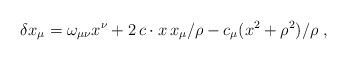
\begin{align*}\delta x_\mu = \omega_{\mu\nu}x^\nu+2\,c\cdot x\,x_\mu/\rho-c_\mu(x^2+\rho^2)/\rho \; ,\end{align*}